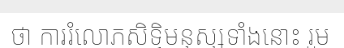
ថា ការរំលោភសិទ្ធិមនុស្សទាំងនោះ រួម